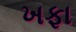
ખફા